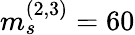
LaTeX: m_{s}^{(2,3)}=60